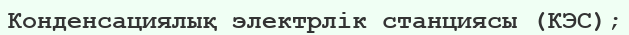
Конденсациялық электрлік станциясы (КЭС);